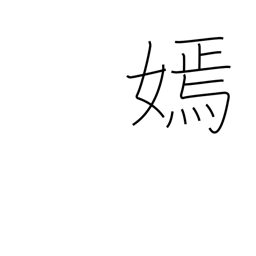
Meaning: beauty